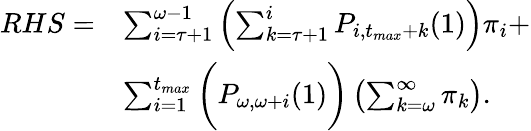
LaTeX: \begin{array}{rl}{RHS=}&{\sum_{i=\tau+1}^{\omega-1}\left(\sum_{k=\tau+1}^{i}P_{i,t_{max}+k}(1)\right)\pi_{i}+}\\ &{\sum_{i=1}^{t_{max}}\bigg(P_{\omega,\omega+i}(1)\bigg)\left(\sum_{k=\omega}^{\infty}\pi_{k}\right).}\end{array}